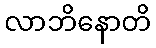
လာဘိနောတိ